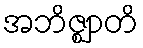
အဘိဇ္ဈာတိ